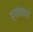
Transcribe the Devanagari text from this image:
ह्यांचाकडे